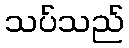
သပ်သည်